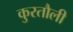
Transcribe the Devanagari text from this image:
कुरतौली